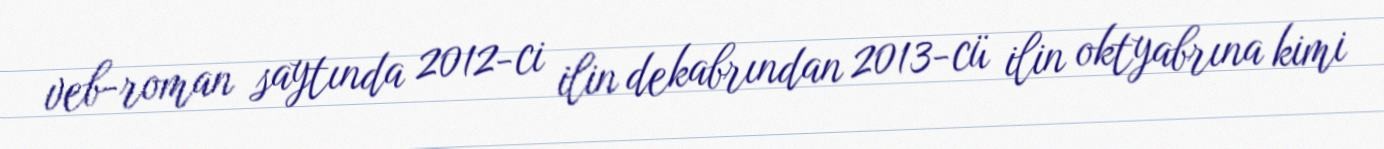
veb-roman saytında 2012-ci ilin dekabrından 2013-cü ilin oktyabrına kimi